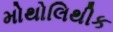
મોથોલિથીક